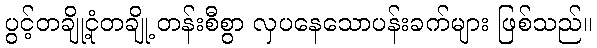
ပွင့်တချို့ငုံတချို့ တန်းစီစွာ လှပနေသောပန်းခက်များ ဖြစ်သည်။